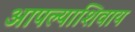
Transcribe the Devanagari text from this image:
आपल्याशिवाय